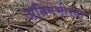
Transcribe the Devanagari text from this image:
अतिगंभीरता